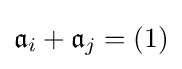
{\mathfrak {a}}_{i}+{\mathfrak {a}}_{j}=(1)